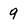
Character: 9